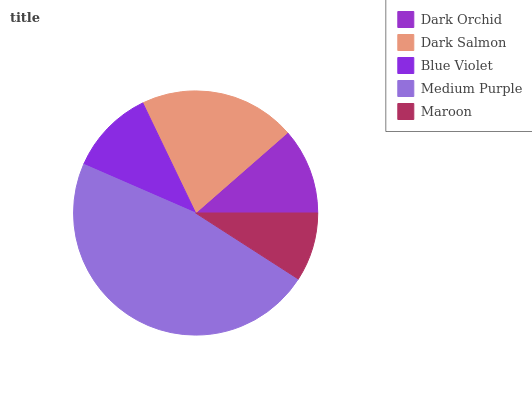
| Dark Orchid | Dark Salmon | Blue Violet | Medium Purple | Maroon |
 | --- | --- | --- | --- | --- |
 | 11.4% | 20.7% | 11.3% | 47.4% | 9.09% |